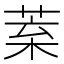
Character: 𦯧